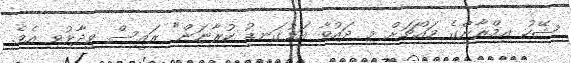
ޝޭހު އިމްރާންގެ މައްޗަށް މި ދައުވާ އަޅުގަނޑު ކުރާނަން" ރައީސް ވިދާޅުވި އެވެ.